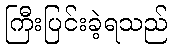
ကြီးပြင်းခဲ့ရသည်